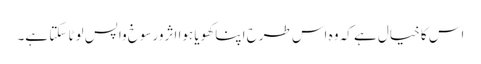
اس کا خیال ہے کہ وہ اس طرح اپنا کھویا ہوا اثرورسوخ واپس لوٹا سکتا ہے۔